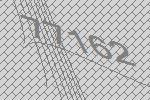
77162